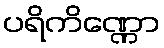
ပရိကိဏ္ဏော